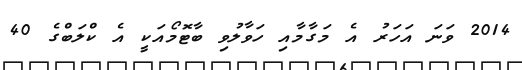
2014 ވަނަ އަހަރު އެ މަގާމާއި ހަވާލުވި ބާޓޮމޯއަކީ އެ ކްލަބްގެ 40